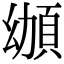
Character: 𩑴